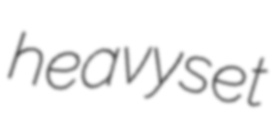
heavyset